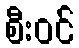
စီးဝင်